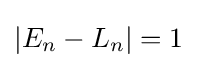
\left\vert E_{n}-L_{n}\right\vert =1